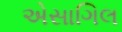
એસાગિલ